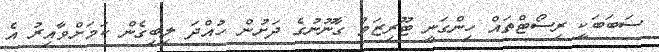
ސަބަބަކީ ރިސޯޓްތައް ހިންގަނީ ޓޫރިޒަމް ގާނޫނުގެ ދަށުން ހުއްދަ ލިބިގެން ކަމަށްވާއިރު އެ